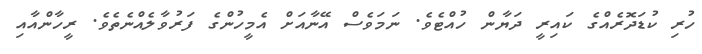
ހުރި ކުޑަދޮރެއްގެ ކައިރީ ދަޔާން ހުއްޓެވެ. ނަމަވެސް އޭނާއަށް އެމީހުންގެ ފަރުވާލެއްނެތެވެ. ރީހާންއާއި